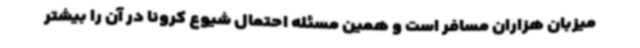
میزبان هزاران مسافر است و همین مسئله احتمال شیوع کرونا در آن را بیشتر